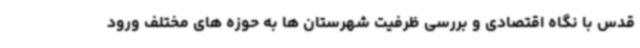
قدس با نگاه اقتصادی و بررسی ظرفیت شهرستان ها به حوزه های مختلف ورود